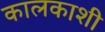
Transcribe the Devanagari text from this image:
कालकाशी